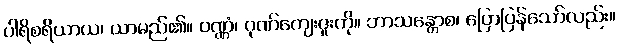
ပါရိစရိယာယ၊ ယာမည်၏။ ဝဏ္ဏံ၊ ဂုဏ်ကျေးဇူးကို။ ဘာသန္တောစ၊ ပြောပြန်သော်လည်း။